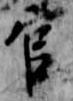
官